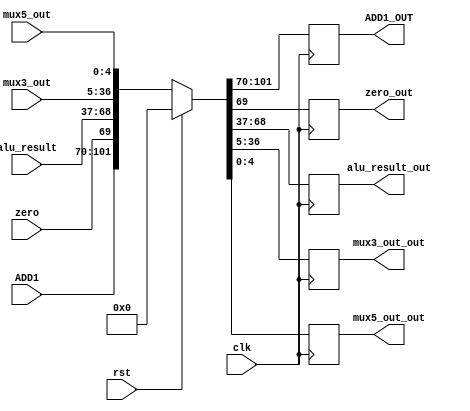
`timescale 1ns/1ns
module EX_MEM_MAIN(clk, rst, ADD1, zero, alu_result, mux3_out, mux5_out, ADD1_OUT, zero_out, alu_result_out, mux3_out_out, mux5_out_out);
    input clk, rst,zero;
    input [31:0] ADD1,alu_result, mux3_out;
    input [4:0] mux5_out;    
    output reg [31:0] ADD1_OUT;
    output reg zero_out;
    output reg [31:0] alu_result_out, mux3_out_out;
    output reg [4:0] mux5_out_out;   
    always @(posedge clk) begin
        if (rst)
            {ADD1_OUT, zero_out, alu_result_out, mux3_out_out, mux5_out_out} <= {32'b0, 1'b0, 32'b0, 32'b0, 5'b0};
        else
            {ADD1_OUT, zero_out, alu_result_out, mux3_out_out, mux5_out_out} <= {ADD1, zero, alu_result, mux3_out, mux5_out};
    end
endmodule